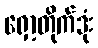
ရှော့တိုက်ဒုံး